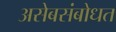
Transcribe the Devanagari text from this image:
असेबसंबोधत